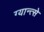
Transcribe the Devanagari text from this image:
ग्यान्त्से